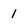
Character: I